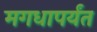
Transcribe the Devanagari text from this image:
मगधापर्यंत